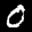
Label: 0